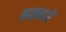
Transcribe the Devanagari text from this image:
कसकसें